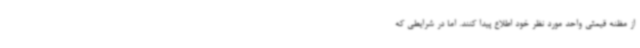
از مظنه قیمتی واحد مورد نظر خود اطلاع پیدا کنند. اما در شرایطی که